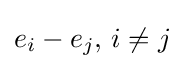
e_{i}-e_{j},\,i\neq j